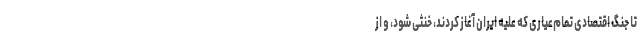
تا جنگ اقتصادی تمام‌عیاری که علیه ایران آغاز کردند، خنثی شود، و از